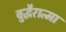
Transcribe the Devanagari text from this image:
बुद्धैरात्मा